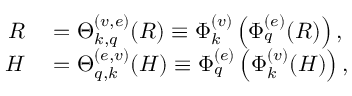
\begin{array} { r l } { R } & { { } = \Theta _ { k , q } ^ { ( v , e ) } ( R ) \equiv \Phi _ { k } ^ { ( v ) } \left( \Phi _ { q } ^ { ( e ) } ( R ) \right) , } \\ { H } & { { } = \Theta _ { q , k } ^ { ( e , v ) } ( H ) \equiv \Phi _ { q } ^ { ( e ) } \left( \Phi _ { k } ^ { ( v ) } ( H ) \right) , } \end{array}